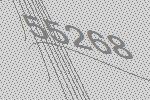
55268